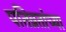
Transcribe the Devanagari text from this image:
पतिव्रतांच्या